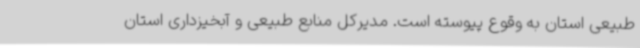
طبیعی استان به وقوع پیوسته ‌است. مدیرکل منابع طبیعی و آبخیزداری استان